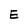
Character: E